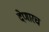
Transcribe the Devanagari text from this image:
देणारच